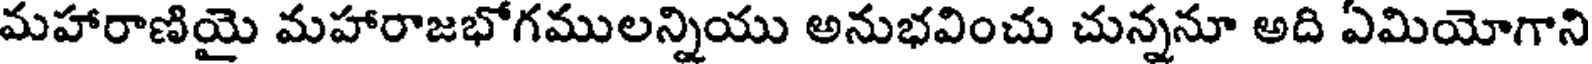
మహారాణియై మహారాజభోగములన్నియు అనుభవించు చున్ననూ అది ఏమియోగాని